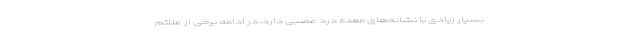
بسیار زیادی با نشانه‌های معده درد عصبی دارد، در ادامه برخی از علائم